system: You are a helpful assistant.
user:
Analyze the provided spectrum to determine if it is a **White Dwarf (WD)**.

A White Dwarf spectrum is defined by its **extreme purity** (due to gravitational settling) and/or **extreme pressure broadening** (due to high surface gravity). You must check for one of the following mutually exclusive signatures:

- **Key Visual Indicators (Check for ONE of these types):**

    - **1. DA-Type Signature (Most Common):**
        - **(Primary Feature):** Extreme pressure broadening (Stark broadening) of the **Hydrogen (H) Balmer lines**.
        - **(Key Lines):** $H\beta$ (approx. $4861$ Å) and $H\gamma$ (approx. $4340$ Å). $H\alpha$ (approx. $6563$ Å) will also be present if the wavelength range covers it.
        - **(Line Profile):** This is the **defining feature**. The lines are **NOT** sharp. They appear as massive, **extremely broad and deep "troughs" or "dips"** in the spectrum, often hundreds of Ångströms wide. The continuum will appear to "scoop" down at these wavelengths.
        - **(Distinction):** Normal A-type or B-type stars have *narrow* and *sharp* Hydrogen lines. A DA White Dwarf's lines are unmistakably "smeared" or "blurry" from pressure.

    - **2. DB-Type Signature:**
        - **(Primary Feature):** Broad absorption lines from **Neutral Helium (He I)**. The spectrum must lack any visible Hydrogen lines.
        - **(Key Lines):** Look for broad absorption near $4471$ Å, $4921$ Å, and $5876$ Å.
        - **(Line Profile):** These lines are also significantly pressure-broadened, appearing much wider than they would in a normal B-type main-sequence star.

    - **3. DC-Type Signature:**
        - **(Primary Feature):** A **featureless continuous spectrum**.
        - **(Line Profile):** The spectrum is a smooth curve with **no significant absorption or emission lines**.
        - **(Key Confirmation):** The continuum is almost always **blue or white**, indicating a hot object. This signature implies the atmosphere is so pure (or so cool) that no spectral lines are visible in the optical range. Its WD identity is confirmed by its extremely low intrinsic brightness (high absolute magnitude).

    - **4. DZ-Type Signature (Metal-Polluted):**
        - **(Primary Feature):** **Isolated, narrow metal absorption lines** on an otherwise featureless (DC-like) continuum.
        - **(Key Lines):** The **Calcium (Ca II) H & K doublet** (approx. **$3934$ Å** and **$3968$ Å**) is the most common and defining feature.
        - **(Line Profile):** These lines are "out of place." They are *not* part of a "forest" of thousands of lines. This signature is evidence of recent *accretion* (pollution) from rocky debris.
        - **(Distinction):** Normal G/K/M stars have a *dense forest* of thousands of metal lines. A DZ has a *clean* continuum with *only a few* strong metal lines.

    - **5. DQ-Type Signature (Carbon-Polluted):**
        - **(Primary Feature):** Absorption bands from **Carbon (C₂ "Swan Bands" or atomic C I)**.
        - **(Key Lines - C₂):** Look for bandheads with a "saw-tooth" shape near $5635$ Å, **$5165$ Å** (strongest), and $4737$ Å.
        - **(Key Confirmation):** The underlying **continuum must be blue or white** (hot).
        - **(Distinction):** This is the critical difference from a **Carbon Star**, which has the *exact same* C₂ bands but on an extremely **red, cool** continuum.

- **(Overall Spectrum):**
    - The continuum (overall shape) is typically **blue-sloping** (brighter in the blue than the red), as most white dwarfs are very hot.
    - The spectrum will look "pure" or "simple," dominated by only *one* of the five signatures listed above.

Think first, call **spectral_visualization_tool** if needed to examine features in detail, then provide your final answer. Your response must adhere to the following strict rules:
1.  **Overall Structure:** Your response must follow the format `<think>...</think> <tool_call>...</tool_call> (if a tool is used) <answer>...</answer>`.
2.  **Tool Usage Constraint:** You may only make **one** tool call per turn.
3.  **Final Answer Format:** In the `<answer>` tag, your conclusion must be inside a `\boxed{}` command (e.g., `\boxed{YES}` or `\boxed{NO}`), followed by your justification.

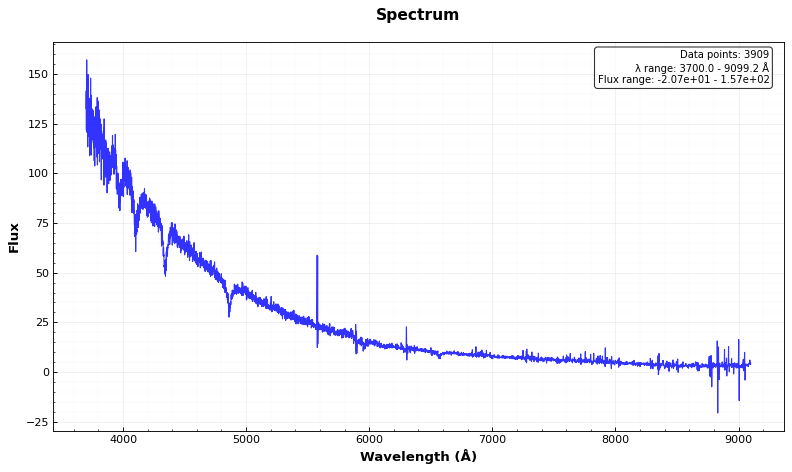
Answer: YES